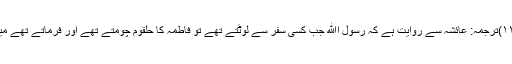
(مودۃ القربیٰ، مودۃ ۱۱، حدیث ۱۳،ص ۱۱۷)ترجمہ: عائشہ سے روایت ہے کہ رسول اﷲ جب کسی سفر سے لوٹتے تھے تو فاطمہ کا حلقوم چومتے تھے اور فرماتے تھے میں اس سے بہشت کی خوشبو سونگھتا ہوں۔